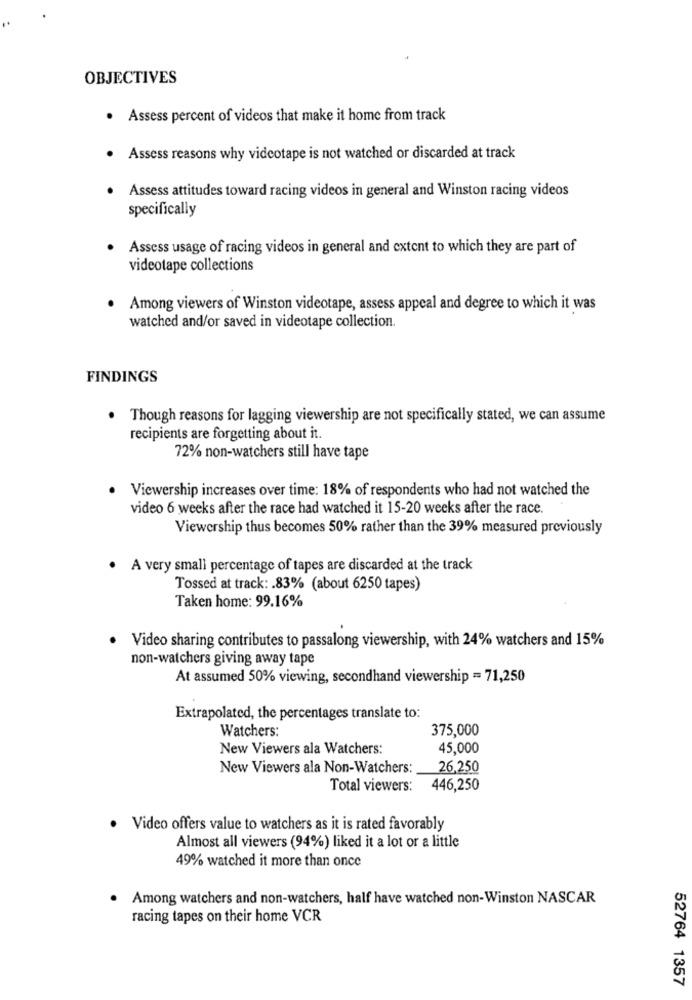
OBJECTIVES
. Assess percent of videos that make it home from track
Assess reasons why videotape is not watched or discarded at track
· Assess attitudes toward racing videos in general and Winston racing videos
specifically
Assess usage of racing videos in general and extent to which they are part of
videotape collections
Among viewers of Winston videotape, assess appeal and degree to which it was
watched and/or saved in videotape collection.
FINDINGS
Though reasons for lagging viewership are not specifically stated, we can assume
recipients are forgetting about it.
72% non-watchers still have tape
Viewership increases over time: 18% of respondents who had not watched the
video 6 weeks after the race had watched it 15-20 weeks after the race.
Viewership thus becomes 50% rather than the 39% measured previously
. A very small percentage of tapes are discarded at the track
Tossed at track: . 83% (about 6250 tapes)
Taken home: 99.16%
Video sharing contributes to passalong viewership, with 24% watchers and 15%
non-watchers giving away tape
At assumed 50% viewing, secondhand viewership = 71,250
Extrapolated, the percentages translate to:
Watchers:
375,000
New Viewers ala Watchers:
45,000
New Viewers ala Non-Watchers:
26,250
Total viewers:
446,250
· Video offers value to watchers as it is rated favorably
Almost all viewers (94%) liked it a lot or a little
49% watched it more than once
Among watchers and non-watchers, half have watched non-Winston NASCAR
racing tapes on their home VCR
52764 1357